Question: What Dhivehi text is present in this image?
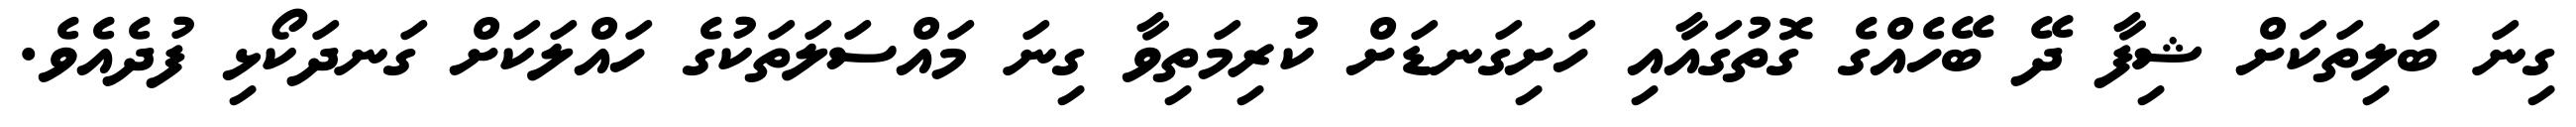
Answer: ގިނަ ބަލިތަކަށް ޝިފާ ދޭ ބޭހެއްގެ ގޮތުގައާއި ހަށިގަނޑަށް ކުރިމަތިވާ ގިނަ މައްސަލަތަކުގެ ހައްލަކަށް ގަނދަކޯޅި ފުދެއެވެ.